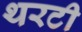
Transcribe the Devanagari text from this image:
थरटी